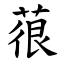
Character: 䓳